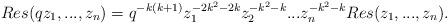
LaTeX: \begin{align*}Res(qz_1,...,z_n)=q^{-k(k+1)}z_1^{-2k^2-2k}z_2^{-k^2-k}...z_n^{-k^2-k}Res(z_1,...,z_n). \end{align*}